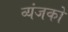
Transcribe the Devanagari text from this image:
व्यंजको